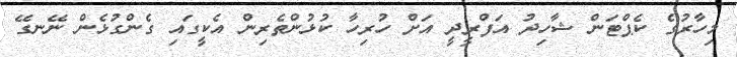
މިހާރުގެ ކެޕްޓަން ޝާހިދު އަފްރީދީ އަށް ހުރިހާ ކުޅުންތެރިން އެކީގައި ގެންގުޅެން ނޭނގޭ